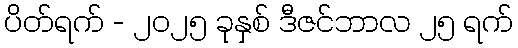
ပိတ်ရက် - ၂၀၂၅ ခုနှစ် ဒီဇင်ဘာလ ၂၅ ရက်